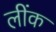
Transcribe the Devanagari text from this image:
लींक